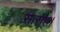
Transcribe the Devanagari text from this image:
साराह।